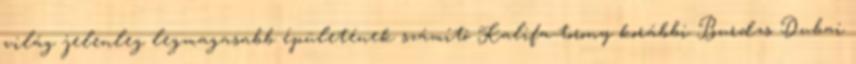
világ jelenleg legmagasabb épületének számító Kalifa-torony korábbi Burdzs Dubai